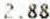
2.88